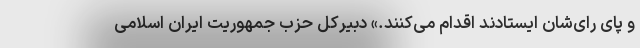
و پای رای‌شان ایستادند اقدام می‌کنند.» دبیرکل حزب جمهوریت ایران اسلامی